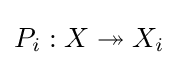
P_{i}:X\twoheadrightarrow X_{i}